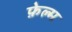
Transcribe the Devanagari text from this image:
फ़ेल्म